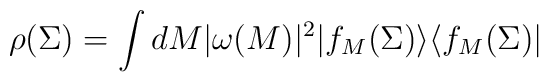
\rho(\Sigma)=\int dM |\omega(M)|^2|f_M(\Sigma)\rangle\langle f_M(\Sigma)|